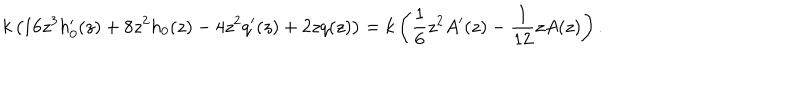
LaTeX: k \left( 1 6 z ^ { 3 } h _ { 0 } ^ { \prime } ( z ) + 8 z ^ { 2 } h _ { 0 } ( z ) - 4 z ^ { 2 } q ^ { \prime } ( z ) + 2 z q ( z ) \right) = k \left( \frac { 1 } { 6 } z ^ { 2 } A ^ { \prime } ( z ) - \frac { 1 } { 1 2 } z A ( z ) \right) .